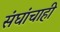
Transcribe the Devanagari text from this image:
संघांचाही